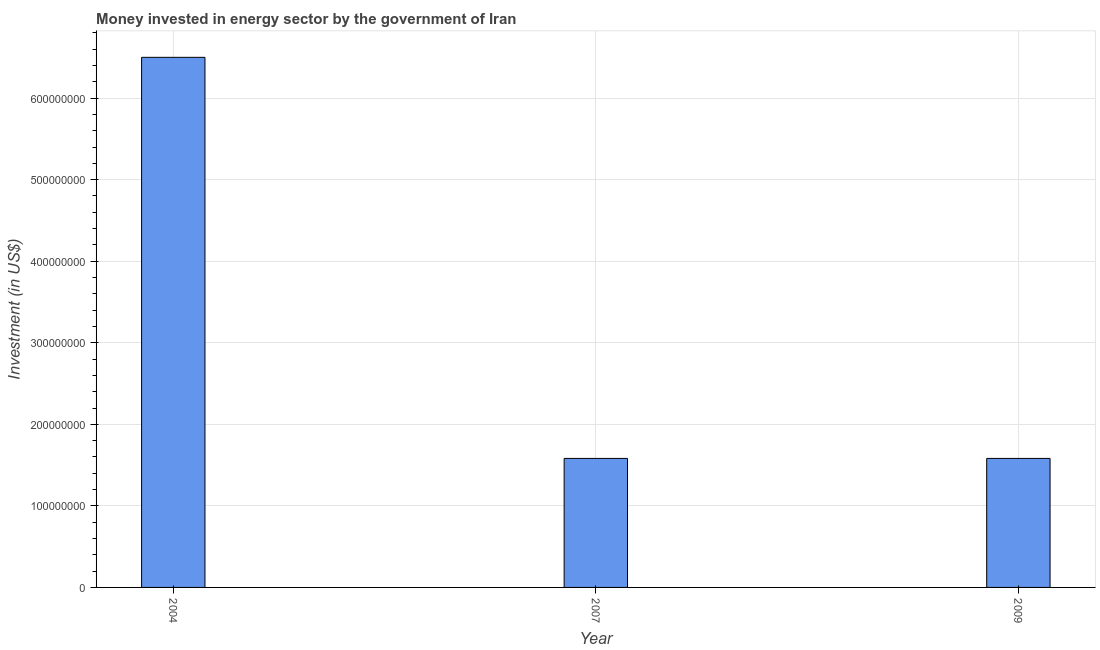
| Year | Investment in energy with private participation (current US$) |
 | --- | --- |
 | 2004 | 6.5e+08 |
 | 2007 | 1.58e+08 |
 | 2009 | 1.58e+08 |